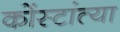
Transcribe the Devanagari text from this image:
कोंस्टांत्या